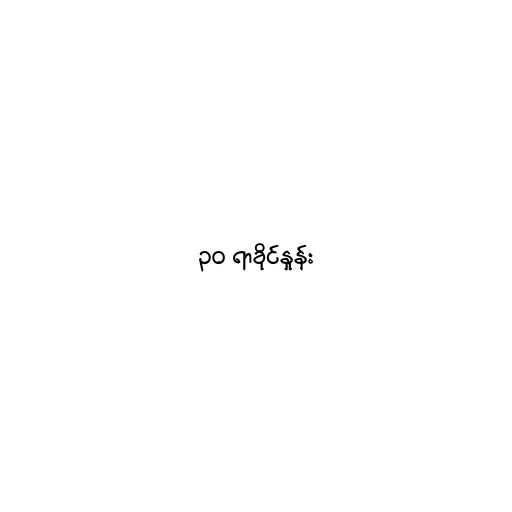
၃၀ ရာခိုင်နှုန်း